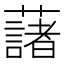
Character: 藷